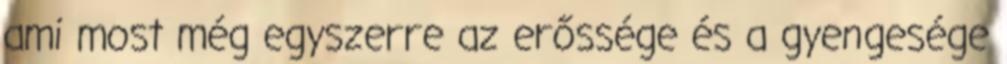
ami most még egyszerre az erőssége és a gyengesége